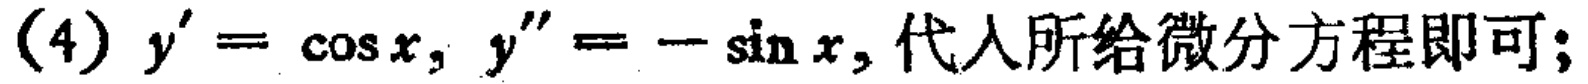
(4) \(y^{\prime}=\cos x, y^{\prime\prime}=-\sin x\), 代入所给微分方程即可;